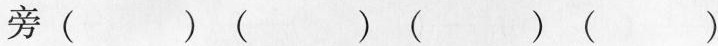
旁（ ）（ ）（ ）（ ）